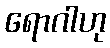
ရောဂါဟု